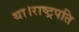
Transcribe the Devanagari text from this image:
था।राष्ट्रपति